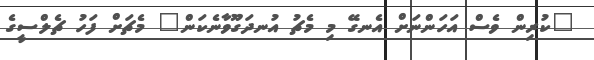
"ކުރިން ވެސް އަހަންނަށް އެނގޭ މި މެޗު އުނދަގޫވާނެކަން" މެޗަށް ފަހު ޗެލްސީގެ